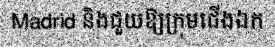
Madrid និងជួយឱ្យក្រុមជើងឯក